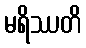
မရိဿတိ